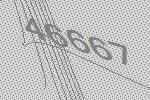
46667